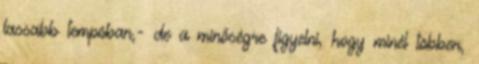
lassabb tempóban,- de a minőségre figyelni, hogy minél többen,